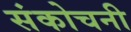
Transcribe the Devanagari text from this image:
संकोचनी